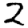
Digit: 2